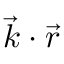
{ \vec { k } } \cdot { \vec { r } }